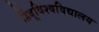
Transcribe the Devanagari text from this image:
हिंदूविश्वविद्यालय